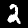
Label: 2